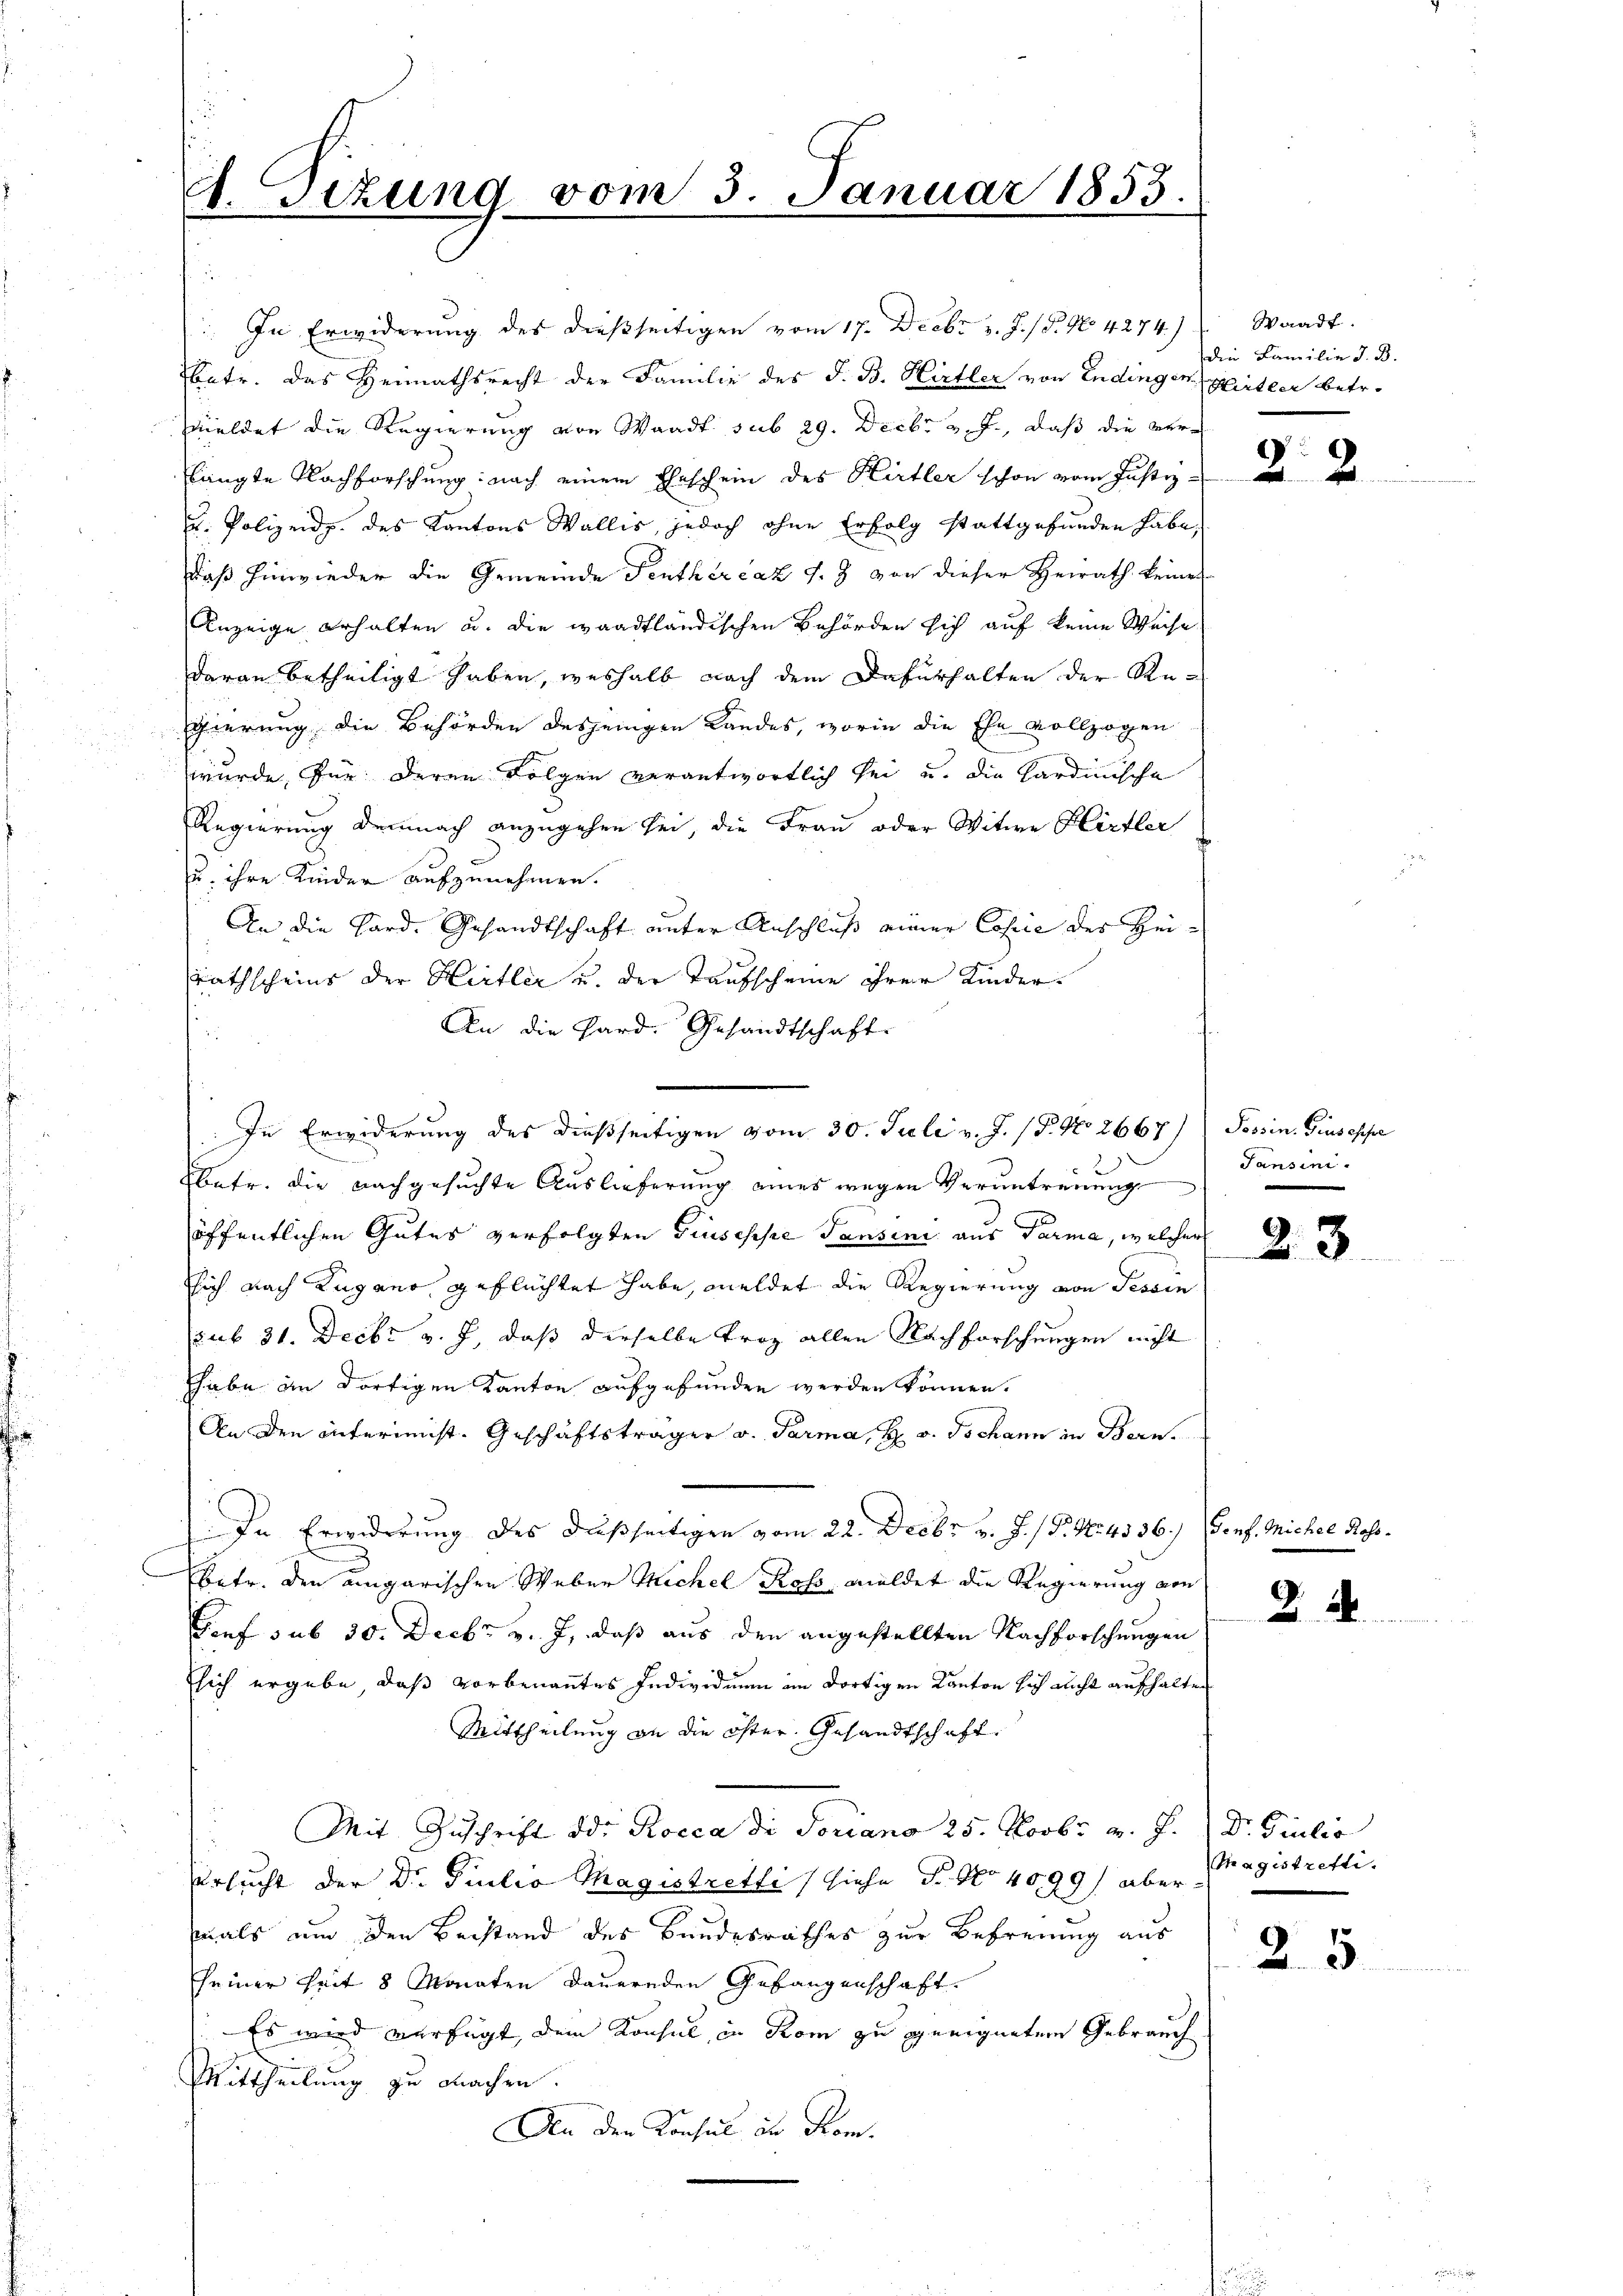
A. sizung vom 3. Januar 1853.

2

In Erwiderung des dießseitigen vom 17. Decbr v. J. / 5. No 4274.)
2
atr. das Heimathsrecht der Familie des J. B. Hirtler von Endingen Hitler betr.
meldet die Regierung von Waadt sub 29. Decbr v. J., daß die verlangte Nachforschung nach einem Eheschein des Hirtler schon vom Justiz-
u. Polizeidg. des Kantons Wallis, jedoch ohne Erfolg stattgefunden habe,
daß hinwieder die Gemeinde Pentherrat J. J. von dieser Heirath keines
Anzeige erhalten u. die waadtländischen Behörden sich auf keine Weise
daran betheiligt haben, weshalb nach dem Dafürhalten der Regierung die Behörden desjenigen Landes, worin die Ehe vollzogen
wurde, für deren Folgen verantwortlich sei u. die Hardinische
Regierung demnach anzugehen sei, die Frau oder Witwe Hirtler
u. ihre Kinder aufzunehmen.
An die Hard. Gesandtschaft unter Anschluß einer Copie der Heirathscheins der Hirtler u. der Taufscheine ihrer Kinder-
An die Hard. Gesandtschaft
In Erwiderung des dießseitigen vom 30. Juli v. J. (T. No. 2667)) Possin. Giuseppe
Ebetr. die nachgesuchte Auslieferung eines wegen Verantreuung
öffentlichen Gutes verfolgten Giuseppe Panseni aus Parma, welcher
sich nach Lugano geflüchtet habe, meldet die Regierung von Tessin
sub 31. Decbr v. J., daß derselbe Fraz allen Nachforschungen nicht
habe an dortigen Kanton aufgefunden werden können.
An den interienste Geschäftsträger v. Parma, H v. Johann in Bern.
In Erwiderung des dießseitigen vom 22. Decbr. v. J. (T. N. 4336.) Genf. Michel Ross.
betr. den eingarischen Weber Sichel Ross, meldet die Regierung von
Genf sub 30. Decbr v. J., daß aus den angestellten Nachforschungen
sich ergebe, daß vorbenanntes Individuum im dortigen Kanton sich nicht aufhalten
Mittheilung an die öster Gesandtschaft.
Mit Zuschrift od. Roecca di doriano 25. Novbr. v. J. Dr. Giulio
Ursucht der Dr. Giulio Magistretti (siehe P. No 4099/ aber
mals und den Beistand des Bandesrathes zur Befreiung aus
seiner seit 8 Monaten dauernden Gefangenschaft.
Es wird verfügt, dem Konsul in Rom zu geeignetem Gebrauch
Mittheilung zu machen.
An den Konsul der Kom¬

Waadt.
die Familie J. B.

Tansini.

23

28.

Magistreffi.

25